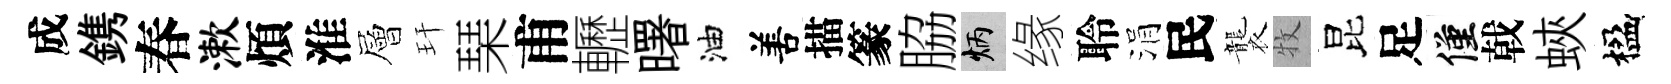
成鎸春漱煩淮層玕琹甫轣曙油𠵊描篆脇炳缘聆涓民襲牧昆足僅戟蛺楹